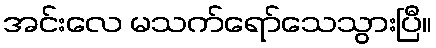
အင်းလေ မသက်ရော်သေသွားပြီ။